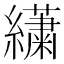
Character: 𦇋